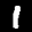
Label: 1